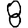
Digit: 8